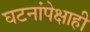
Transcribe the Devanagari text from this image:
घटनांपेक्षाही